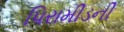
પિરામીડની